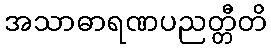
အသာဓာရဏပညတ္တီတိ